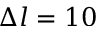
\Delta l = 1 0